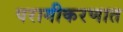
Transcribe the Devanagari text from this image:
परागीकरणात